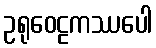
ဥရုဝေဠကဿပေါ